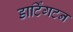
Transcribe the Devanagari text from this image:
डार्टिंगटन